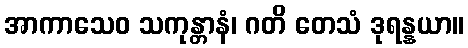
အာကာသေဝ သကုန္တာနံ၊ ဂတိ တေသံ ဒုရန္နယာ။